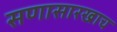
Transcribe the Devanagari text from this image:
सणासारखाच